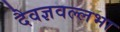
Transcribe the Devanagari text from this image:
दैवज्ञवल्लभा